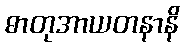
ဓာတုအာယတနာနိ